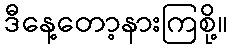
ဒီနေ့တော့နားကြစို့။